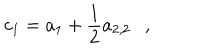
c _ { 1 } = a _ { 1 } + \frac 1 2 a _ { 2 , 2 } ,